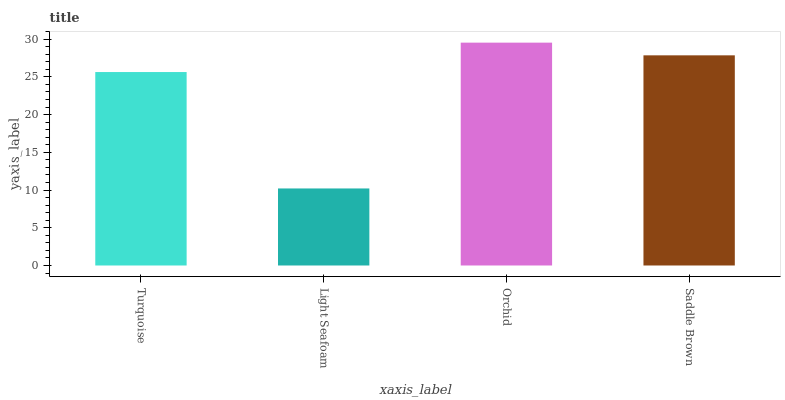
| xaxis_label | bars |
 | --- | --- |
 | Turquoise | 25.6 |
 | Light Seafoam | 10.2 |
 | Orchid | 29.5 |
 | Saddle Brown | 27.9 |